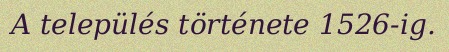
A település története 1526-ig.